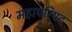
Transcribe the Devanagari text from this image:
महापरिषद